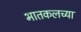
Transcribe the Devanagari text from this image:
भातकलच्या